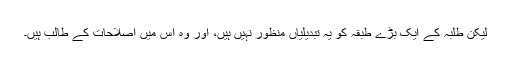
لیکن طلبہ کے ایک بڑے طبقہ کو یہ تبدیلیاں منظور نہیں ہیں، اور وہ اس میں اصلاحات کے طالب ہیں۔